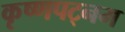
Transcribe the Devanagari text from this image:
कृष्णपट्नम